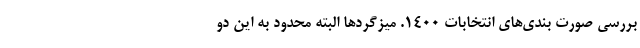
بررسی صورت بندی‌های انتخابات 1400. میزگردها البته محدود به این دو